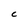
Character: C